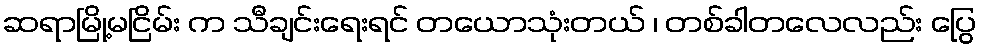
ဆရာမြို့မငြိမ်း က သီချင်းရေးရင် တယောသုံးတယ် ၊ တစ်ခါတလေလည်း ပြွေ